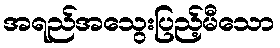
အရည်အသွေးပြည့်မီသော